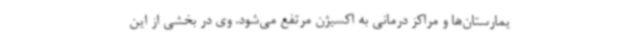
یمارستان‌ها و مراکز درمانی به اکسیژن مرتفع می‌شود. وی در بخشی از این